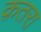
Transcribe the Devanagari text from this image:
क़तरा